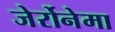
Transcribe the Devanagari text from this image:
जेर्रोनेमा